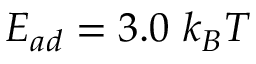
E _ { a d } = 3 . 0 ~ k _ { B } T